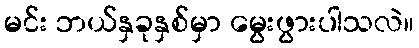
မင်း ဘယ်နှခုနှစ်မှာ မွေးဖွားပါသလဲ။